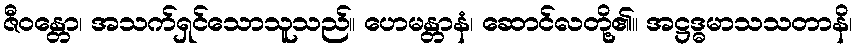
ဇီဝန္တော၊ အသက်ရှင်သောသူသည်။ ဟေမန္တာနံ၊ ဆောင်လတို့၏။ အဋ္ဌဒ္ဓမာသသတာနိ၊